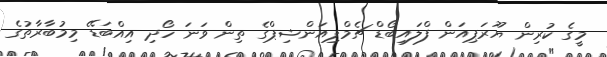
މީގެ ކުރިން ޔޫރަޕިއަން ފްލައިބޯޑް ޗެމްޕިއަންޝިޕްގެ ތިން ވަނަ ހޯދި އިއްބަޑޭ މިމުބާރާތުގެ